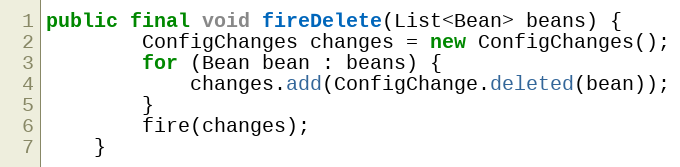
Language: Java
public final void fireDelete(List<Bean> beans) {
        ConfigChanges changes = new ConfigChanges();
        for (Bean bean : beans) {
            changes.add(ConfigChange.deleted(bean));
        }
        fire(changes);
    }